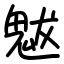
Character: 魃